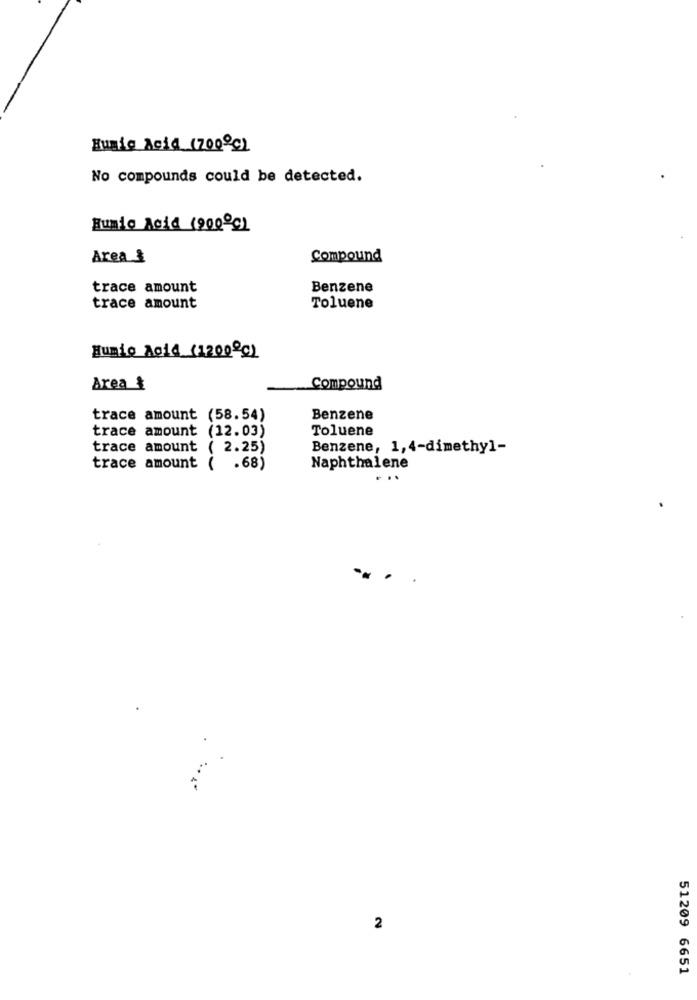
Eumic Acid (700ºC)
No compounds could be detected.
Eumio Acid (900ºC)
Area 3
Compound
trace amount
Benzene
trace amount
Toluene
Humio Acid_(1200ºc)
Area &
Compound
trace amount (58.54)
Benzene
trace amount (12.03)
Toluene
trace amount ( 2.25)
Benzene, 1,4-dimethyl-
trace amount ( .68)
Naphthalene
2
51209 6651